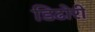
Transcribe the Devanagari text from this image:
डिढोरी